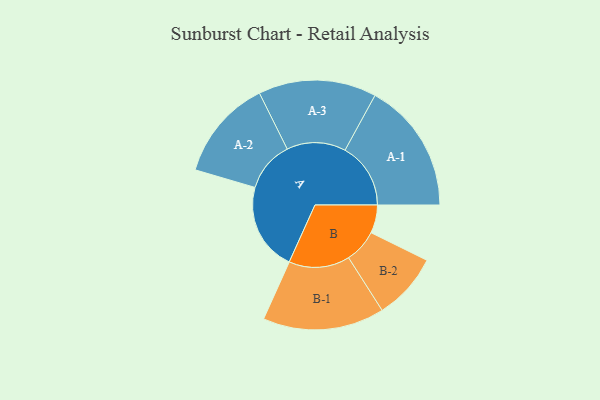
{"axis": {"x": "Segment", "y": "Value"}, "legend": ["", "A", "B"], "data": [{"x": "A", "y": 384, "type": ""}, {"x": "B", "y": 123, "type": ""}, {"x": "A-1", "y": 287, "type": "A"}, {"x": "A-2", "y": 221, "type": "A"}, {"x": "A-3", "y": 258, "type": "A"}, {"x": "B-1", "y": 266, "type": "B"}, {"x": "B-2", "y": 146, "type": "B"}]}